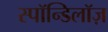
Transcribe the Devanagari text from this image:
स्पॉन्डिलॉज़